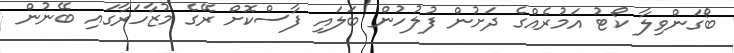
ބޯގަންވިލާ ކޯޓު އަމުރެއްގެ ދަށުން ފުލުހުން ބަލައި ފާސްކޮށް ރޭގެ މުޒާހަރާގައި ބޭނުން